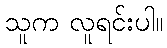
သူက လူရင်းပါ။